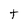
Character: t